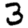
Digit: 3